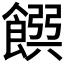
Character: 𩜹